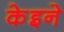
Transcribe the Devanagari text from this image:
केइने